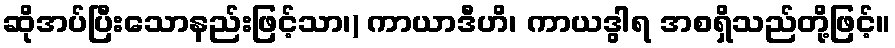
ဆိုအပ်ပြီးသောနည်းဖြင့်သာ၊) ကာယာဒီဟိ၊ ကာယဒွါရ အစရှိသည်တို့ဖြင့်။